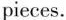
pieces.